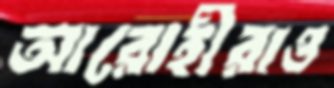
আরোহীরাও